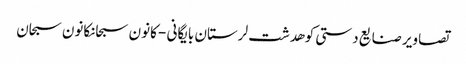
تصاویر صنایع دستی کوهدشت لرستان بایگانی - کانون سبحانکانون سبحان